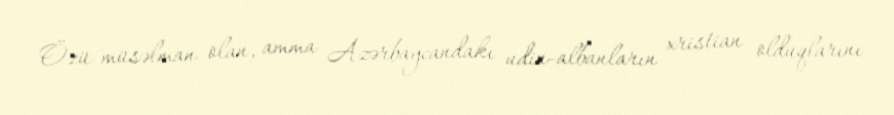
Özü müsəlman olan, amma Azərbaycandakı udin-albanların xristian olduqlarını